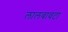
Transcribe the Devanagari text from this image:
लालबावटा